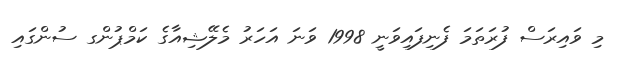
މި ވައިރަސް ފުރަތަމަ ފެނިފައިވަނީ 1998 ވަނަ އަހަރު މެލޭޝިއާގެ ކަމްޕުންގ ސުންގައި